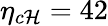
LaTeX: \eta_{c\mathcal{H}}=42